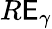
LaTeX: R\mathsf{E}_{\gamma}